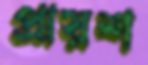
প্রায়শ